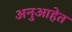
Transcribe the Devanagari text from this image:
अनुआहेत